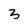
Character: 3